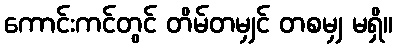
ကောင်းကင်တွင် တိမ်တမျှင် တစမျှ မရှိ။